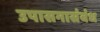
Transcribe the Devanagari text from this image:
उपासनासंबंध